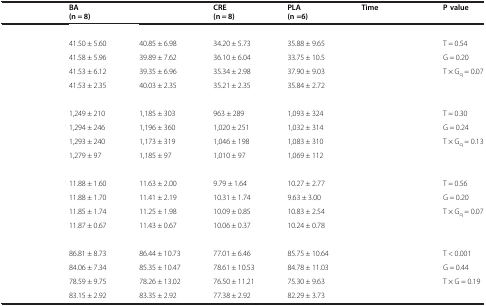
<table><thead><tr><td>[EMPTY_CELL]</td><td><b>BA (n = 8)</b></td><td>[EMPTY_CELL]</td><td><b>CRE (n = 8)</b></td><td><b>PLA (n =6)</b></td><td><b>Time</b></td><td><b>P value</b></td></tr></thead><tbody><tr><td colspan="7">[EMPTY_CELL]</td></tr><tr><td>[EMPTY_CELL]</td><td>41.50 ± 5.60</td><td>40.85 ± 6.98</td><td>34.20 ± 5.73</td><td>35.88 ± 9.65</td><td>[EMPTY_CELL]</td><td>T = 0.54</td></tr><tr><td>[EMPTY_CELL]</td><td>41.58 ± 5.96</td><td>39.89 ± 7.62</td><td>36.10 ± 6.04</td><td>33.75 ± 10.5</td><td>[EMPTY_CELL]</td><td>G = 0.20</td></tr><tr><td>[EMPTY_CELL]</td><td>41.53 ± 6.12</td><td>39.35 ± 6.96</td><td>35.34 ± 2.98</td><td>37.90 ± 9.03</td><td>[EMPTY_CELL]</td><td>T × G<sub>q</sub> = 0.07</td></tr><tr><td>[EMPTY_CELL]</td><td>41.53 ± 2.35</td><td>40.03 ± 2.35</td><td>35.21 ± 2.35</td><td>35.84 ± 2.72</td><td>[EMPTY_CELL]</td><td>[EMPTY_CELL]</td></tr><tr><td colspan="7">[EMPTY_CELL]</td></tr><tr><td>[EMPTY_CELL]</td><td>1,249 ± 210</td><td>1,185 ± 303</td><td>963 ± 289</td><td>1,093 ± 324</td><td>[EMPTY_CELL]</td><td>T = 0.30</td></tr><tr><td>[EMPTY_CELL]</td><td>1,294 ± 246</td><td>1,196 ± 360</td><td>1,020 ± 251</td><td>1,032 ± 314</td><td>[EMPTY_CELL]</td><td>G = 0.24</td></tr><tr><td>[EMPTY_CELL]</td><td>1,293 ± 240</td><td>1,173 ± 319</td><td>1,046 ± 198</td><td>1,083 ± 310</td><td>[EMPTY_CELL]</td><td>T × G<sub>q</sub> = 0.13</td></tr><tr><td>[EMPTY_CELL]</td><td>1,279 ± 97</td><td>1,185 ± 97</td><td>1,010 ± 97</td><td>1,069 ± 112</td><td>[EMPTY_CELL]</td><td>[EMPTY_CELL]</td></tr><tr><td>[EMPTY_CELL]</td><td>[EMPTY_CELL]</td><td>[EMPTY_CELL]</td><td>[EMPTY_CELL]</td><td>[EMPTY_CELL]</td><td>[EMPTY_CELL]</td><td>[EMPTY_CELL]</td></tr><tr><td>[EMPTY_CELL]</td><td>11.88 ± 1.60</td><td>11.63 ± 2.00</td><td>9.79 ± 1.64</td><td>10.27 ± 2.77</td><td>[EMPTY_CELL]</td><td>T = 0.56</td></tr><tr><td>[EMPTY_CELL]</td><td>11.88 ± 1.70</td><td>11.41 ± 2.19</td><td>10.31 ± 1.74</td><td>9.63 ± 3.00</td><td>[EMPTY_CELL]</td><td>G = 0.20</td></tr><tr><td>[EMPTY_CELL]</td><td>11.85 ± 1.74</td><td>11.25 ± 1.98</td><td>10.09 ± 0.85</td><td>10.83 ± 2.54</td><td>[EMPTY_CELL]</td><td>T × G<sub>q</sub> = 0.07</td></tr><tr><td>[EMPTY_CELL]</td><td>11.87 ± 0.67</td><td>11.43 ± 0.67</td><td>10.06 ± 0.37</td><td>10.24 ± 0.78</td><td>[EMPTY_CELL]</td><td>[EMPTY_CELL]</td></tr><tr><td colspan="7">[EMPTY_CELL]</td></tr><tr><td>[EMPTY_CELL]</td><td>86.81 ± 8.73</td><td>86.44 ± 10.73</td><td>77.01 ± 6.46</td><td>85.75 ± 10.64</td><td>[EMPTY_CELL]</td><td>T &lt; 0.001</td></tr><tr><td>[EMPTY_CELL]</td><td>84.06 ± 7.34</td><td>85.35 ± 10.47</td><td>78.61 ± 10.53</td><td>84.78 ± 11.03</td><td>[EMPTY_CELL]</td><td>G = 0.44</td></tr><tr><td>[EMPTY_CELL]</td><td>78.59 ± 9.75</td><td>78.26 ± 13.02</td><td>76.50 ± 11.21</td><td>75.30 ± 9.63</td><td>[EMPTY_CELL]</td><td>T × G = 0.19</td></tr><tr><td>[EMPTY_CELL]</td><td>83.15 ± 2.92</td><td>83.35 ± 2.92</td><td>77.38 ± 2.92</td><td>82.29 ± 3.73</td><td>[EMPTY_CELL]</td><td>[EMPTY_CELL]</td></tr></tbody></table>